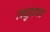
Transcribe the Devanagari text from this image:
लघुवपा